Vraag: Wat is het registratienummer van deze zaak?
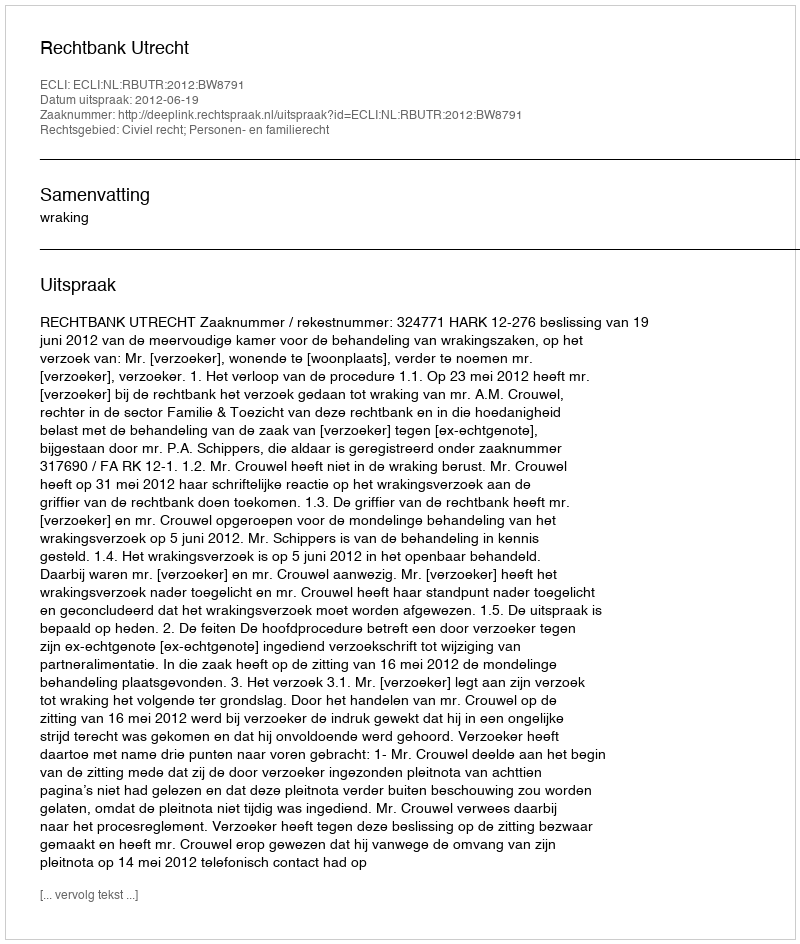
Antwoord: http://deeplink.rechtspraak.nl/uitspraak?id=ECLI:NL:RBUTR:2012:BW8791